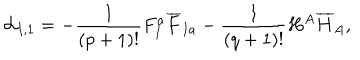
{ \cal L } _ { I , 1 } = - \frac { 1 } { ( p + 1 ) ! } F _ { I } ^ { a } { \overline { { F } } } _ { I a } - \frac { 1 } { ( q + 1 ) ! } H ^ { A } { \overline { { H } } } _ { A } ,